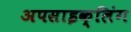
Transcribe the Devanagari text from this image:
अपसाइक्लिंग